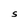
Character: S